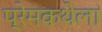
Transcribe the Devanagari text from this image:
प्रेमकथेला